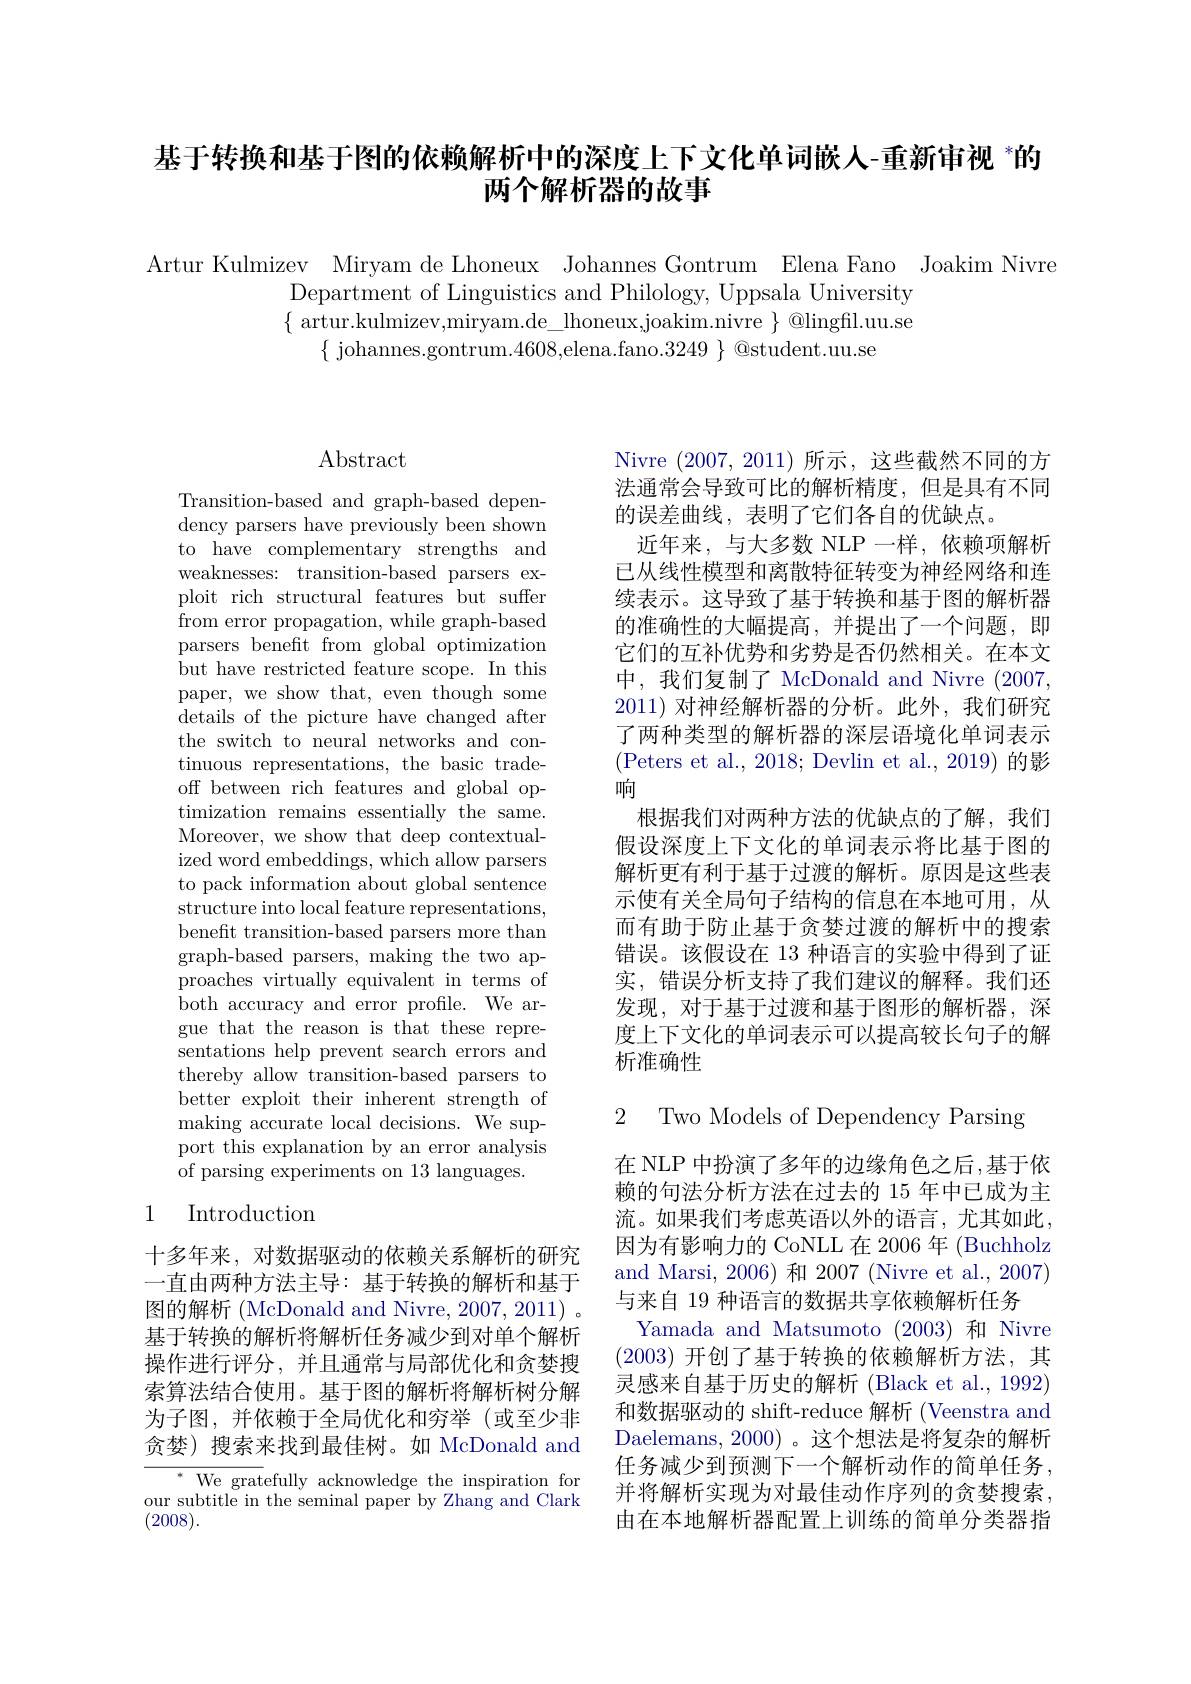
## 基于转换和基于图的依赖解析中的深度上下文化单词嵌人-重新审视 $^{*}$的两个解析器的故事

Artur Kulmizev Miryam de Lhoneux Johannes Gontrum Elena Fano Joakim Nivre
Department of Linguistics and Philology, Uppsala University $\{$artur.kulmizev,miryam.de\_lhoneux,joakim.nivre~}\:@lingfil.uu.se
$\{$ johannes.gontrum.4608,elena.fano.3249 $\}$ @student.uu.se

## $\operatorname{Abstract}$

Transition-based and graph-based dependency parsers have previously been shown to have complementary strengths and weaknesses: transition-based parsers exploit rich structural features but suffer from error propagation, while graph-based parsers benefit from global optimization but have restricted feature scope. In this paper, we show that, even though some details of the picture have changed after the switch to neural networks and continuous representations, the basic tradeoff between rich features and global optimization remains essentially the same. Moreover, we show that deep contextualized word embeddings, which allow parsers to pack information about global sentence structure into local feature representations, beneft transition-based parsers more than graph-based parsers, making the two approaches virtually equivalent in terms of both accuracy and error profile. We argue that the reason is that these representations help prevent search errors and thereby allow transition-based parsers to better exploit their inherent strength of making accurate local decisions. We support this explanation by an error analysis of parsing experiments on 13 languages.

## 1 Introduction

十多年来，对数据驱动的依赖关系解析的研究一直由两种方法主导：基于转换的解析和基于图的解析 (McDonald and Nivre, 2007, 2011) 。基于转换的解析将解析任务减少到对单个解析操作进行评分，并且通常与局部优化和贪婪搜索算法结合使用。基于图的解析将解析树分解为子图，并依赖于全局优化和穷举(或至少非贪婪)搜索来找到最佳树。如 McDonald and

${^*}{\mathrm{~We~grat}}$efully acknowledge the inspiration for our subtitle in the seminal paper by Zhang and Clark (2008).

Nivre (2007,2011)所示，这些截然不同的方法通常会导致可比的解析精度，但是具有不同的误差曲线，表明了它们各自的优缺点。
近年来，与大多数 NLP 一样，依赖项解析已从线性模型和离散特征转变为神经网络和连续表示。这导致了基于转换和基于图的解析器的准确性的大幅提高，并提出了一个问题，即它们的互补优势和劣势是否仍然相关。在本文中，我们复制了 McDonald and Nivre (2007, 2011)对神经解析器的分析。此外，我们研究了两种类型的解析器的深层语境化单词表示(Peters et al., 2018; Devlin et al., 2019) 的影响
根据我们对两种方法的优缺点的了解，我们假设深度上下文化的单词表示将比基于图的解析更有利于基于过渡的解析。原因是这些表示使有关全局句子结构的信息在本地可用，从而有助于防止基于贪婪过渡的解析中的搜索错误。该假设在 13 种语言的实验中得到了证实，错误分析支持了我们建议的解释。我们还发现，对于基于过渡和基于图形的解析器，深度上下文化的单词表示可以提高较长句子的解析准确性

2 Two Models of Dependency Parsing

在 NLP 中扮演了多年的边缘角色之后 ,基于依赖的句法分析方法在过去的 15 年中已成为主流。如果我们考虑英语以外的语言，尤其如此， 因为有影响力的 CoNLL 在 2006 年 (Buchholz) and Marsi, 2006) 和 2007 (Nivre et al., 2007) 与来自 19 种语言的数据共享依赖解析任务
Yamada and Matsumoto (2003)和 Nivre (2003)开创了基于转换的依赖解析方法，其灵感来自基于历史的解析 (Black et al., 1992) 和数据驱动的 shift-reduce 解析 (Veenstra and Daelemans, 2000) 。这个想法是将复杂的解析任务减少到预测下一个解析动作的简单任务， 并将解析实现为对最佳动作序列的贪婪搜索， 由在本地解析器配置上训练的简单分类器指